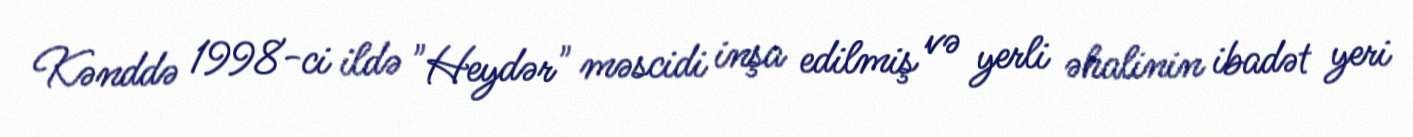
Kənddə 1998-ci ildə "Heydər" məscidi inşa edilmiş və yerli əhalinin ibadət yeri